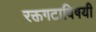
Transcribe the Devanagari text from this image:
रक्तगटाविषयी